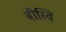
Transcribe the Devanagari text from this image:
बीस्वि